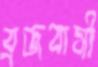
ব্রজবাসী